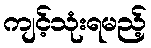
ကျင့်သုံးရမည့်